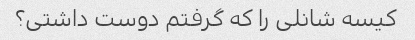
کیسه شانلی را که گرفتم دوست داشتی؟